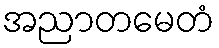
အညာတမေတံ